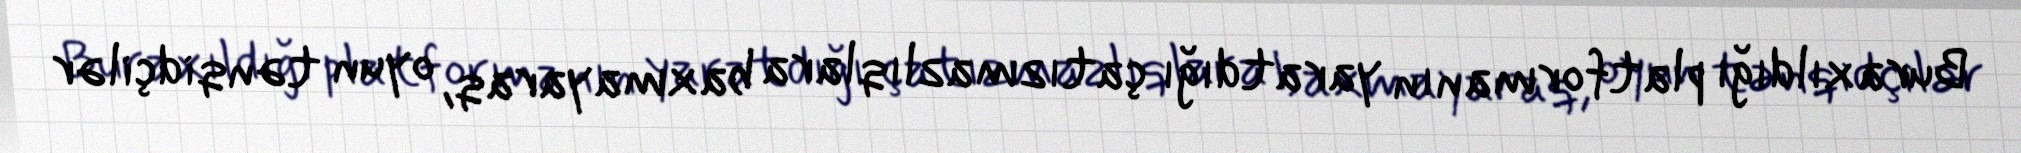
Buraxıldığı platformanın yaratdığı çatızmazlıqlara baxmayaraq, oyun tənqidçilər